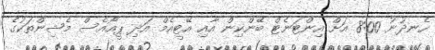
ހެނދުނު 8:00 އަށް އިންޓަނެޓް ބޭންކިން އާއި އޭޓީއެމް އަދި ޕީއޯއެސް މެޝިންތަކުގެ